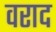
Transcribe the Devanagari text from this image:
वराद